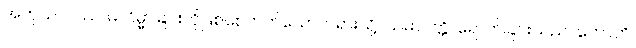
အကုသလဿ၊ မလိမ္မာခြင်းကိုဖြစ်စေတတ်သောတရားသို့။ သမာပတ္တိ၊ ရောက်ခြင်းသည်။ ဟောတိ၊